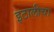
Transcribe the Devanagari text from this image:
इटालीचा